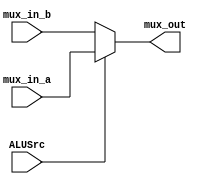
`timescale 1ns / 1ps
//////////////////////////////////////////////////////////////////////////////////
// Company: 
// Engineer: 
// 
// Design Name: 
// Module Name: MUX_1
// Project Name: 
// Target Devices: 
// Tool Versions: 
// Description: 
// 
// Dependencies: 
// 
// Revision:
// Revision 0.01 - File Created
// Additional Comments:
// 
//////////////////////////////////////////////////////////////////////////////////


module MUX_1(ALUSrc, mux_in_a, mux_in_b, mux_out);
    input ALUSrc;
    input [31:0] mux_in_a, mux_in_b;
    output [31:0] mux_out;
    
    assign mux_out = (ALUSrc)? mux_in_a : mux_in_b;
    
endmodule